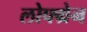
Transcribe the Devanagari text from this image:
लोफ्ग्रेन